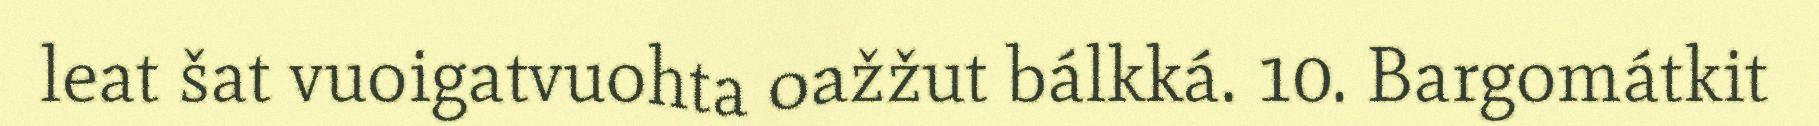
leat šat vuoigatvuohta oažžut bálkká. 10. Bargomátkit